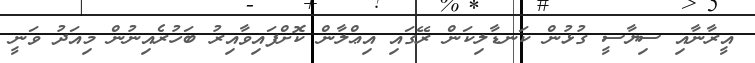
އީރާނާއި ސިޔާސީ ގުޅުން ކަނޑާލިކަން ރޭގައި އިޢްލާން ކޮށްފައިވާއިރު ބަހުރެއިނުން މިއަދު ވަނީ